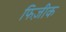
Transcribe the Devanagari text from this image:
फिज़ीक